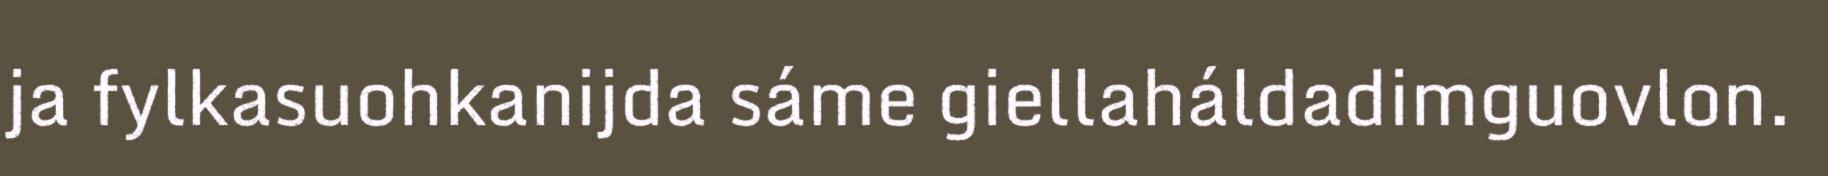
ja fylkasuohkanijda sáme giellaháldadimguovlon.